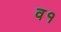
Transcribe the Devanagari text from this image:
व१